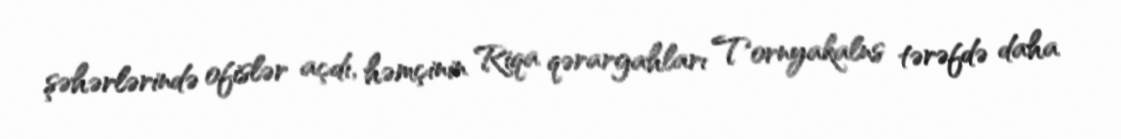
şəhərlərində ofislər açdı, həmçinin Riqa qərargahları Tornyakalns tərəfdə daha